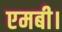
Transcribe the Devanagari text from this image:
एमबी।